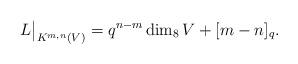
LaTeX: \begin{align*}L\big|_{K^{m,n}(V)} = q^{n-m} \dim_8 V + [m-n]_q .\end{align*}